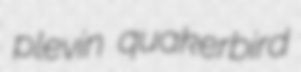
plevin quakerbird